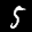
Label: 5